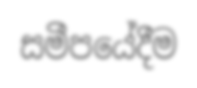
සමීපයේදීම